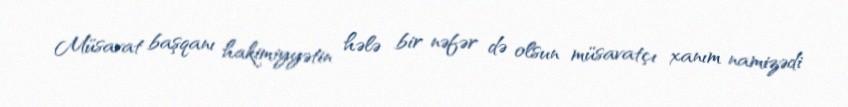
Müsavat başqanı hakimiyyətin hələ bir nəfər də olsun müsavatçı xanım namizədi